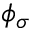
\phi _ { \sigma }